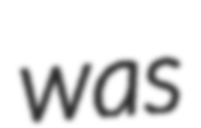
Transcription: was